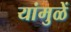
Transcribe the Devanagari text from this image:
यांमुळें